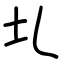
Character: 圠